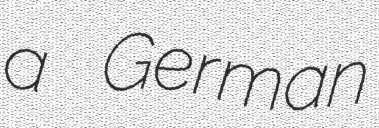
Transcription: a German